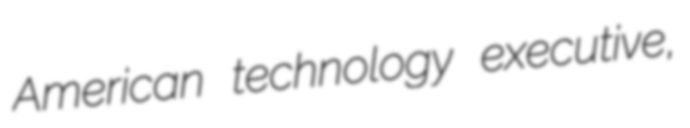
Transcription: American technology executive,